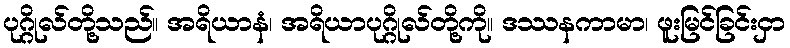
ပုဂ္ဂိုလ်တို့သည်။ အရိယာနံ၊ အရိယာပုဂ္ဂိုလ်တို့ကို။ ဒဿနကာမာ၊ ဖူးမြင်ခြင်းငှာ